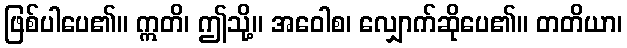
ဖြစ်ပါပေ၏။ ဣတိ၊ ဤသို့။ အဝေါစ၊ လျှောက်ဆိုပေ၏။ တတိယာ၊